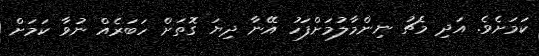
ކަމަށެވެ. އަދި މެޗު ނިންމާލުމަށްފަހު އޭނާ ދިޔަ ގޮތަށް ހަބަރެއް ނުވާ ކަމަށް